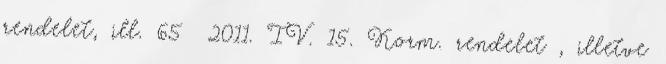
rendelet, ill. 65 2011. IV. 15. Korm. rendelet , illetve